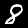
Label: 8